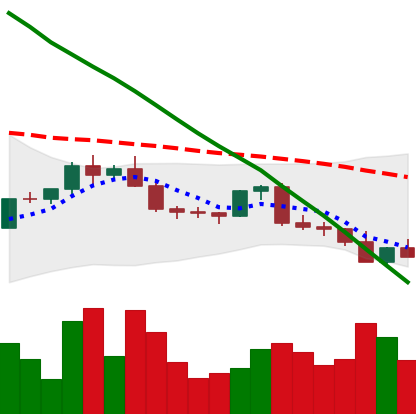
Ticker: EOS-USD
Chart end date: 2022-02-23
Forward return: 7.989%
Label: up_7plus